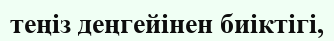
теңіз деңгейінен биіктігі,